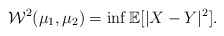
\begin{align*}\mathcal{W}^2(\mu_1,\mu_2) = \inf \mathbb{E}[|X-Y|^2].\end{align*}